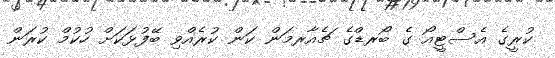
ކުރީގެ އެސްޓީއޯ ގެ ބޯރޑްގެ ޗެއާރމަން ކަން ކުރެއްވި ބޭފުޅަކަށް ހުކުމް ކުރަން